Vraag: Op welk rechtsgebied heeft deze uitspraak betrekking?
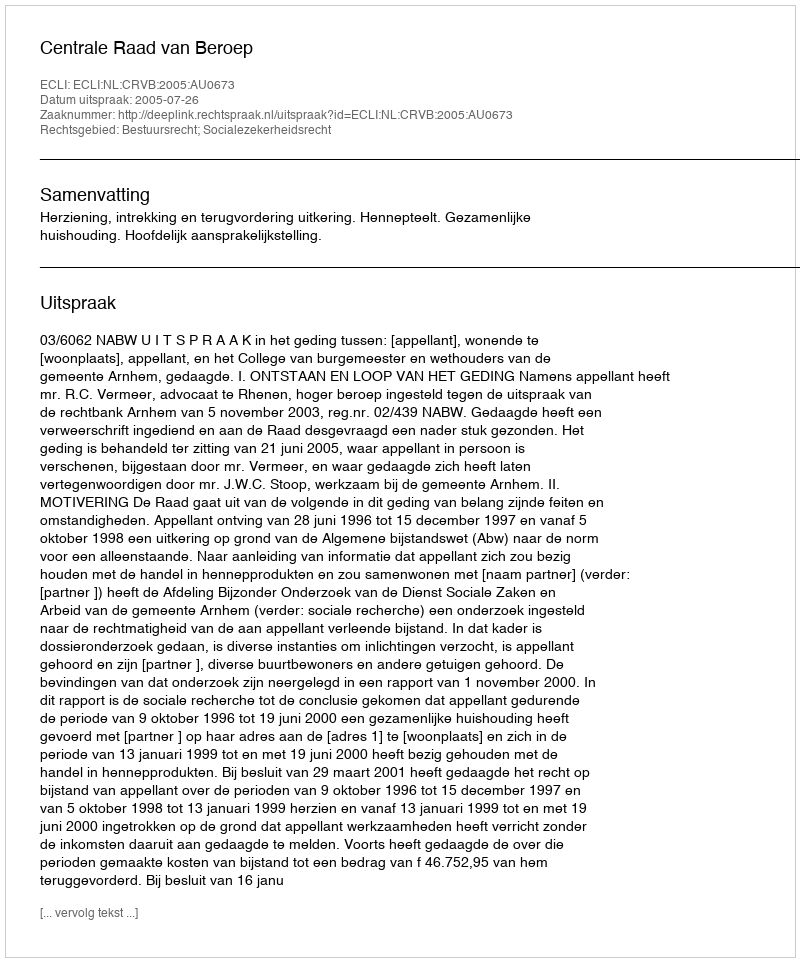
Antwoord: Bestuursrecht; Socialezekerheidsrecht